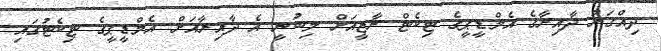
ދިއްގަރު ދާއިރާގެ އެމްޑީޕީގެ ޓިކެޓް ރާޒީއަށް ލިބުނީ އެ ދާއިރާއަށް އެމްޑީޕީގެ ޓިކެޓުގައި